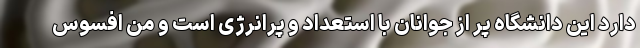
دارد این دانشگاه پر از جوانان با استعداد و پرانرژی است و من افسوس